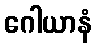
ဂေါယာနံ